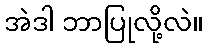
အဲဒါ ဘာပြုလို့လဲ။